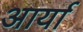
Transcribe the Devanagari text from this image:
अार्या